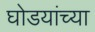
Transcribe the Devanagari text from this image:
घोडयांच्या